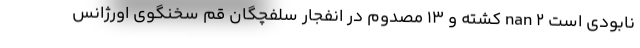
نابودی است nan 2 کشته و 13 مصدوم در انفجار سلفچگان قم سخنگوی اورژانس